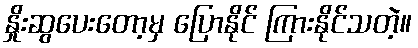
နှိုးဆွပေးတော့မှ ပြောနိုင် ကြားနိုင်သတဲ့။